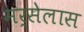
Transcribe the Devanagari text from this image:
मर्सेलास